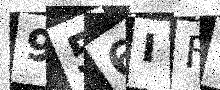
Text: 956IFY